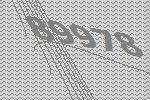
89978